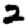
Digit: 2